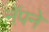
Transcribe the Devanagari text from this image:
नॅपने